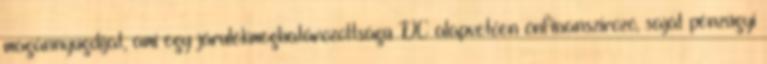
magánnyugdijat, ami egy járulékmeghatározottságú DC alapvetően önfinanszirozó, saját pénzügyi